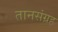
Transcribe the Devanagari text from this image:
तानसंग्रह